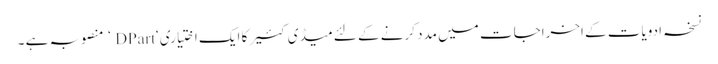
نسخہ ادویات کے اخراجات میں مدد کرنے کے لئے میڈی کئیر کا ایک اختیاری ‘DPart ‘ منصوبہ ہے ۔